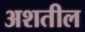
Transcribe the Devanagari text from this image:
अशतील